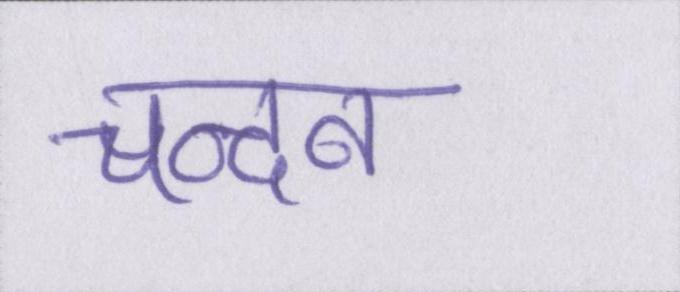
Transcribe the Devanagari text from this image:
चन्दन